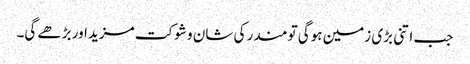
جب اتنی بڑی زمین ہوگی تو مندر کی شان و شوکت مزید اور بڑھے گی۔